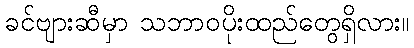
ခင်ဗျားဆီမှာ သဘာဝပိုးထည်တွေရှိလား။